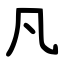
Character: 凡